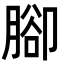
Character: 腳